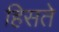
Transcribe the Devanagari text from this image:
हिसते